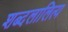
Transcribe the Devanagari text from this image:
शब्दलालित्य